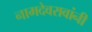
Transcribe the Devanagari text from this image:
नामदेवरावांनी